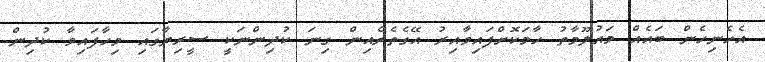
އެހެނިހެން ބައެއް މައުލޫމާތު ހާމަކޮށްފައިވާއިރު އޭގެތެރެއިން ގިނަ ކުދިންނަކީ ސީރިޔާގައި ވިހާފައިވާ ކުދިން